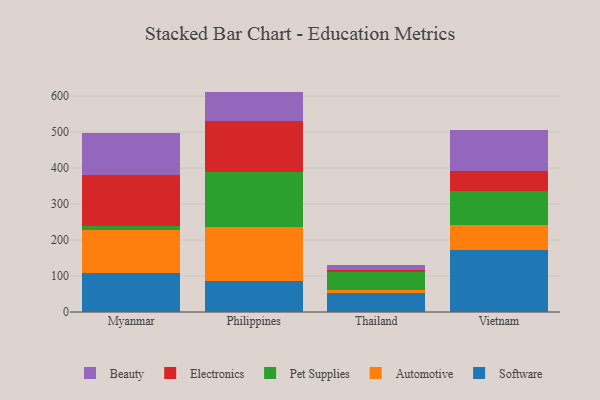
{"axis": {"x": "Country", "y": "Population (Million)"}, "legend": ["Automotive", "Beauty", "Electronics", "Pet Supplies", "Software"], "data": [{"x": "Myanmar", "y": 108.1, "type": "Software"}, {"x": "Myanmar", "y": 119.2, "type": "Automotive"}, {"x": "Myanmar", "y": 11.6, "type": "Pet Supplies"}, {"x": "Myanmar", "y": 141.0, "type": "Electronics"}, {"x": "Myanmar", "y": 117.5, "type": "Beauty"}, {"x": "Philippines", "y": 85.6, "type": "Software"}, {"x": "Philippines", "y": 151.2, "type": "Automotive"}, {"x": "Philippines", "y": 152.4, "type": "Pet Supplies"}, {"x": "Philippines", "y": 142.9, "type": "Electronics"}, {"x": "Philippines", "y": 80.6, "type": "Beauty"}, {"x": "Thailand", "y": 51.6, "type": "Software"}, {"x": "Thailand", "y": 8.2, "type": "Automotive"}, {"x": "Thailand", "y": 51.9, "type": "Pet Supplies"}, {"x": "Thailand", "y": 6.3, "type": "Electronics"}, {"x": "Thailand", "y": 12.5, "type": "Beauty"}, {"x": "Vietnam", "y": 172.3, "type": "Software"}, {"x": "Vietnam", "y": 69.4, "type": "Automotive"}, {"x": "Vietnam", "y": 95.3, "type": "Pet Supplies"}, {"x": "Vietnam", "y": 54.3, "type": "Electronics"}, {"x": "Vietnam", "y": 113.6, "type": "Beauty"}]}